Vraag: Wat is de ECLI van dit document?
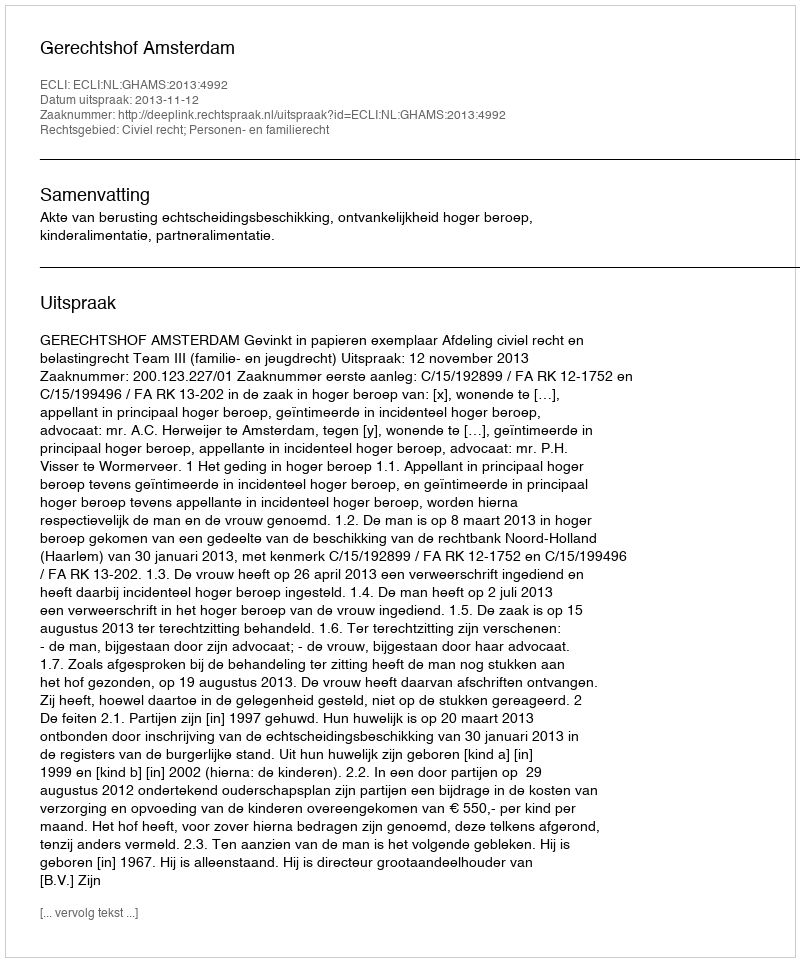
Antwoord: ECLI:NL:GHAMS:2013:4992